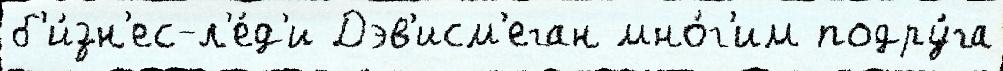
б'и́зн'ес-л'е́д'и Дэв'исм'еган мно́г'им подру́га